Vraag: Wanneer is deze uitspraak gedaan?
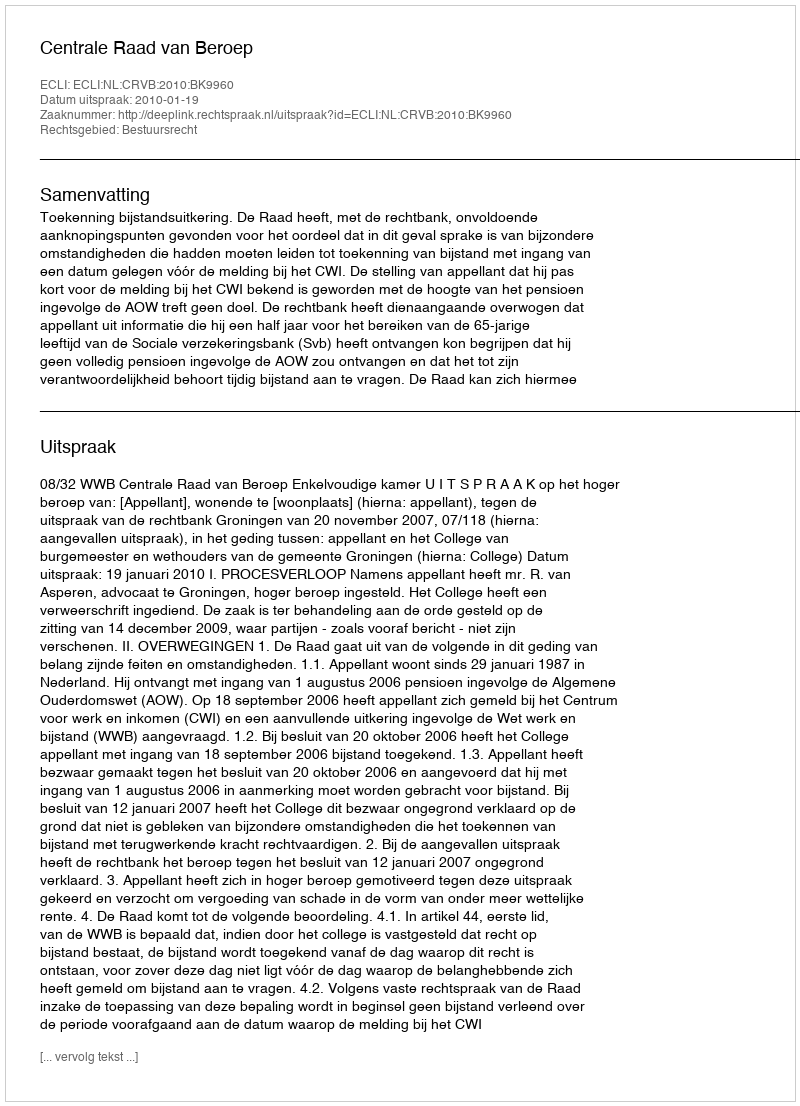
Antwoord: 2010-01-19